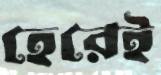
হেরেই